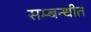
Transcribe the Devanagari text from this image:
सम्‍बन्‍धीत